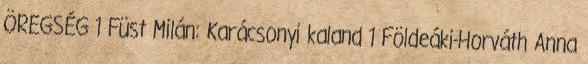
ÖREGSÉG 1 Füst Milán: Karácsonyi kaland 1 Földeáki-Horváth Anna